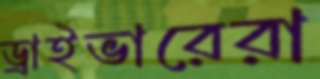
ড্রাইভারেরা